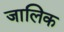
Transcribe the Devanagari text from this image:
जालिक